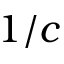
1 / c